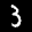
Label: 3